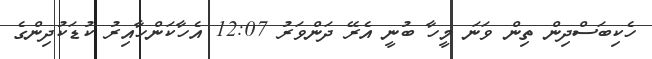
ހެކިބަސްދިން ތިން ވަނަ މީހާ ބުނީ އެރޭ ދަންވަރު 12:07 އެހާކަންހާއިރު ކުޑަކުދިންގެ